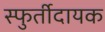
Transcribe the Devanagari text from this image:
स्फुर्तीदायक